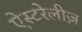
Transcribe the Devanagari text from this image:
ऐस्टरेलीज़